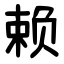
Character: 赖